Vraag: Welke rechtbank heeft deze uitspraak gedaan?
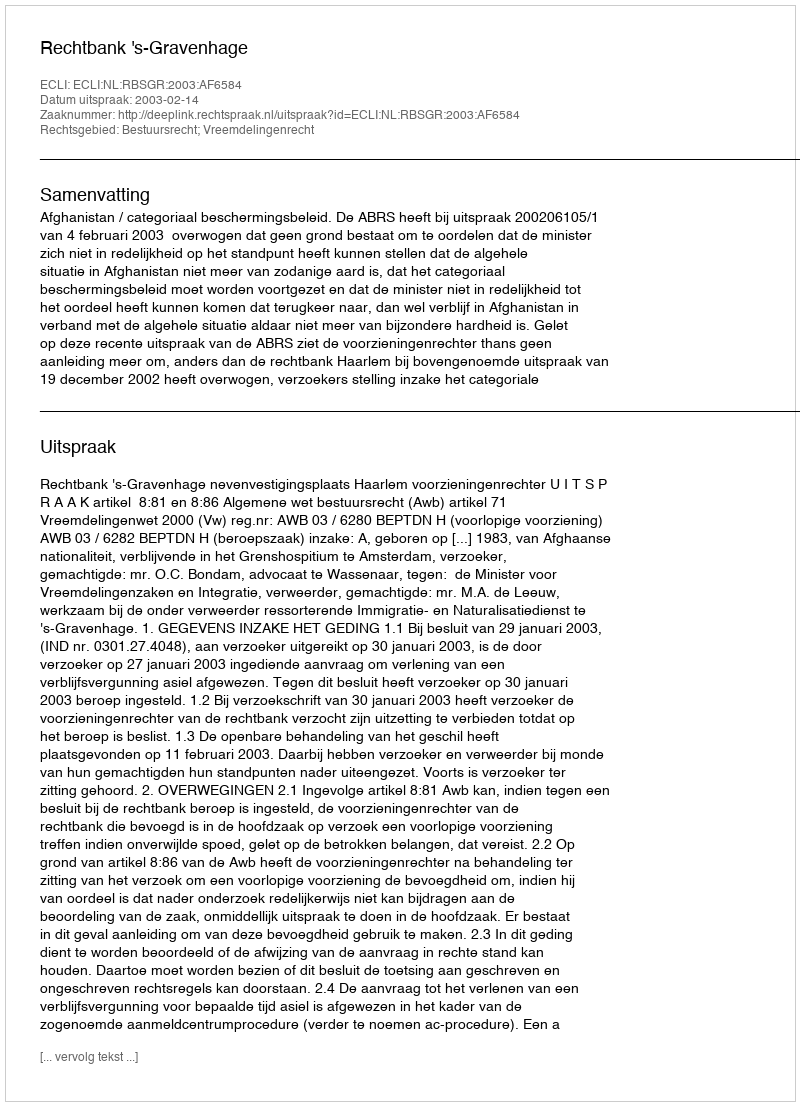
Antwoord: Rechtbank 's-Gravenhage